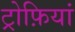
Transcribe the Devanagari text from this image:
ट्रोफ़ियां